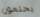
يحلمون